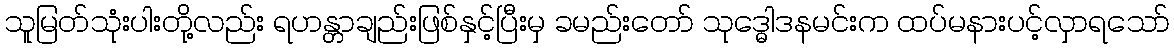
သူမြတ်သုံးပါးတို့လည်း ရဟန္တာချည်းဖြစ်နှင့်ပြီးမှ ခမည်းတော် သုဒ္ဓေါဒနမင်းက ထပ်မနားပင့်လှာရသော်